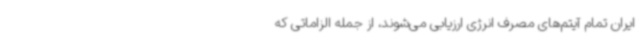
ایران تمام آیتم‌های مصرف انرژی ارزیابی می‌شوند، از جمله الزاماتی که